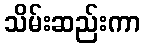
သိမ်းဆည်းကာ